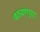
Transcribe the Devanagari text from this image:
वठवणार्‍या